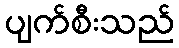
ပျက်စီးသည်